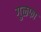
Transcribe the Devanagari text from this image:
गुळफा